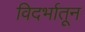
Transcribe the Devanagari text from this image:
विदर्भातून